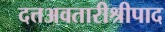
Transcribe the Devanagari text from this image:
दत्तअवतारीश्रीपाद